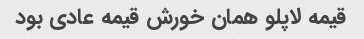
قیمه لاپلو همان خورش قیمه عادی بود